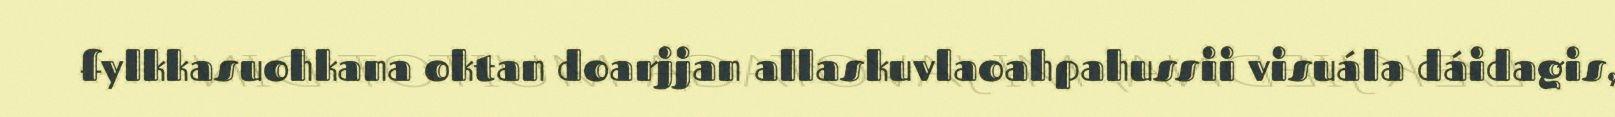
fylkkasuohkana oktan doarjjan allaskuvlaoahpahussii visuála dáidagis,